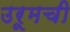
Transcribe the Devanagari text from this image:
उरूमची